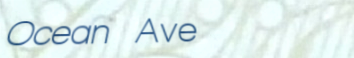
Ocean Ave